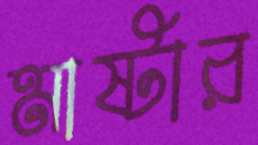
মাষ্টার